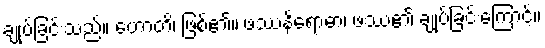
ချုပ်ခြင်းသည်။ ဟောတိ၊ ဖြစ်၏။ ဖဿနိရောဓာ၊ ဖဿ၏ ချုပ်ခြင်းကြောင့်။